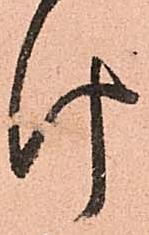
け